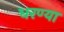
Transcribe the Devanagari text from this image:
धरण्या